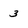
Character: 3